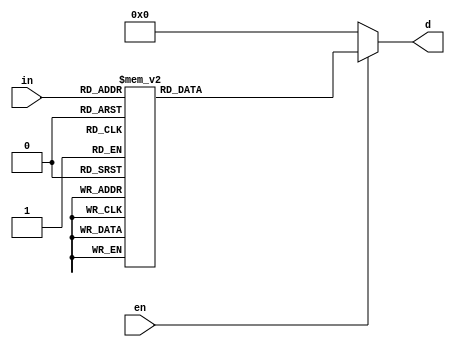
module decoder_3_to_8 (in,en,d);
input [2:0] in ;
input en;
output [7:0] d;

reg [7:0] d;

always @(in or en)
if(en)
begin 
case (in)
3'b000 : d = 8'd1;
3'b001 : d = 8'd2;
3'b010 : d = 8'd4;
3'b011 : d = 8'd8;
3'b100 : d = 8'd16;
3'b101 : d = 8'd32;
3'b110 : d = 8'd64;
3'b111 : d = 8'd128;
default : d = 8'b0;
endcase
end
else 
d = 8'b0;

endmodule